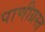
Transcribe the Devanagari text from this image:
पाणीग्रस्त